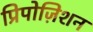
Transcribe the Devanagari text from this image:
प्रिपोज़िशन